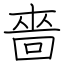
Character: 嗇